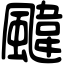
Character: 颹